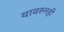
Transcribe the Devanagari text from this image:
यावरुनही